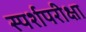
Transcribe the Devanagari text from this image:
स्पर्शपरीक्षा